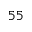
^ { 5 5 }